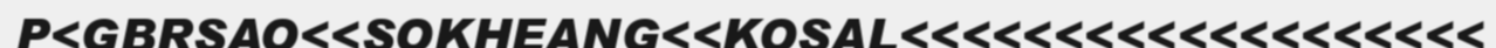
P<GBRSAO<<SOKHEANG<<KOSAL<<<<<<<<<<<<<<<<<<<